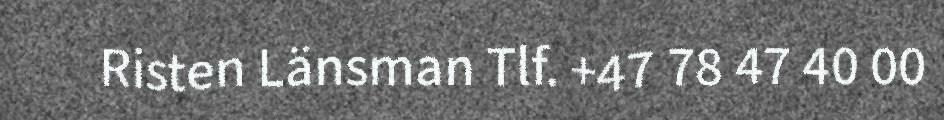
Risten Länsman Tlf. +47 78 47 40 00